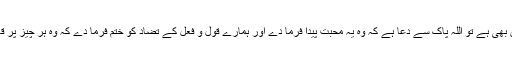
اگر نہیں بھی ہے تو اللہ پاک سے دعا ہے کہ وہ یہ محبت پیدا فرما دے اور ہمارے قول و فعل کے تضاد کو ختم فرما دے کہ وہ ہر چیز پر قادر ہے۔